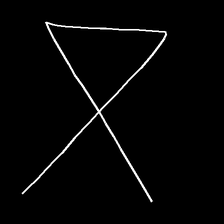
Glyph: collection